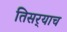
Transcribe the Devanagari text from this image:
तिसर्‍याच